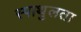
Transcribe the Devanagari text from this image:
स्पाथुलता